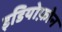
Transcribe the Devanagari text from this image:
इडियोफ़ोन